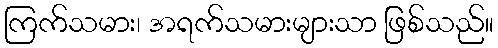
ကြက်သမား၊ အရက်သမားများသာ ဖြစ်သည်။